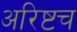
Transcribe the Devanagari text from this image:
अरिष्टच